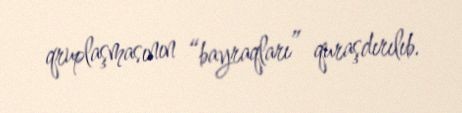
qruplaşmasının “bayraqları” quraşdırılıb.